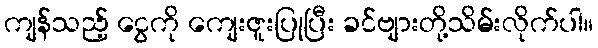
ကျန်သည့် ငွေကို ကျေးဇူးပြုပြီး ခင်ဗျားတို့သိမ်းလိုက်ပါ။